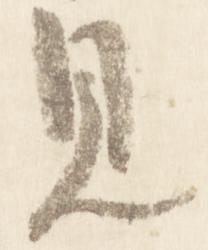
見